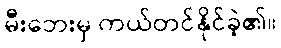
မီးဘေးမှ ကယ်တင်နိုင်ခဲ့၏။